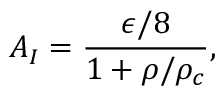
A _ { I } = \frac { \epsilon / 8 } { 1 + \rho / \rho _ { c } } ,